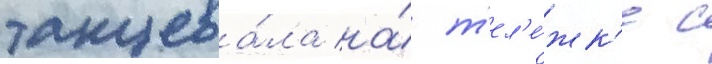
танцева́ла на́ т'ел'е́жк'е с